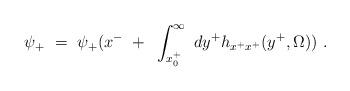
LaTeX: \begin{align*}\psi_+~=~\psi_+(x^-~+~\int^{\infty}_{x^+_0}~ dy^+ h_{x^+x^+}(y^+, \Omega))~ .\end{align*}